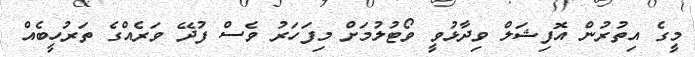
މީގެ އިތުރުން އޮފިޝަލް ވިދާޅުވީ ވޯޓުލުމަށް މިފަހަރު ވެސް ފުދޭ ވަރެއްގެ ތަރުހީބެއް